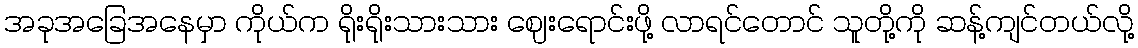
အခုအခြေအနေမှာ ကိုယ်က ရိုးရိုးသားသား ဈေးရောင်းဖို့ လာရင်တောင် သူတို့ကို ဆန့်ကျင်တယ်လို့